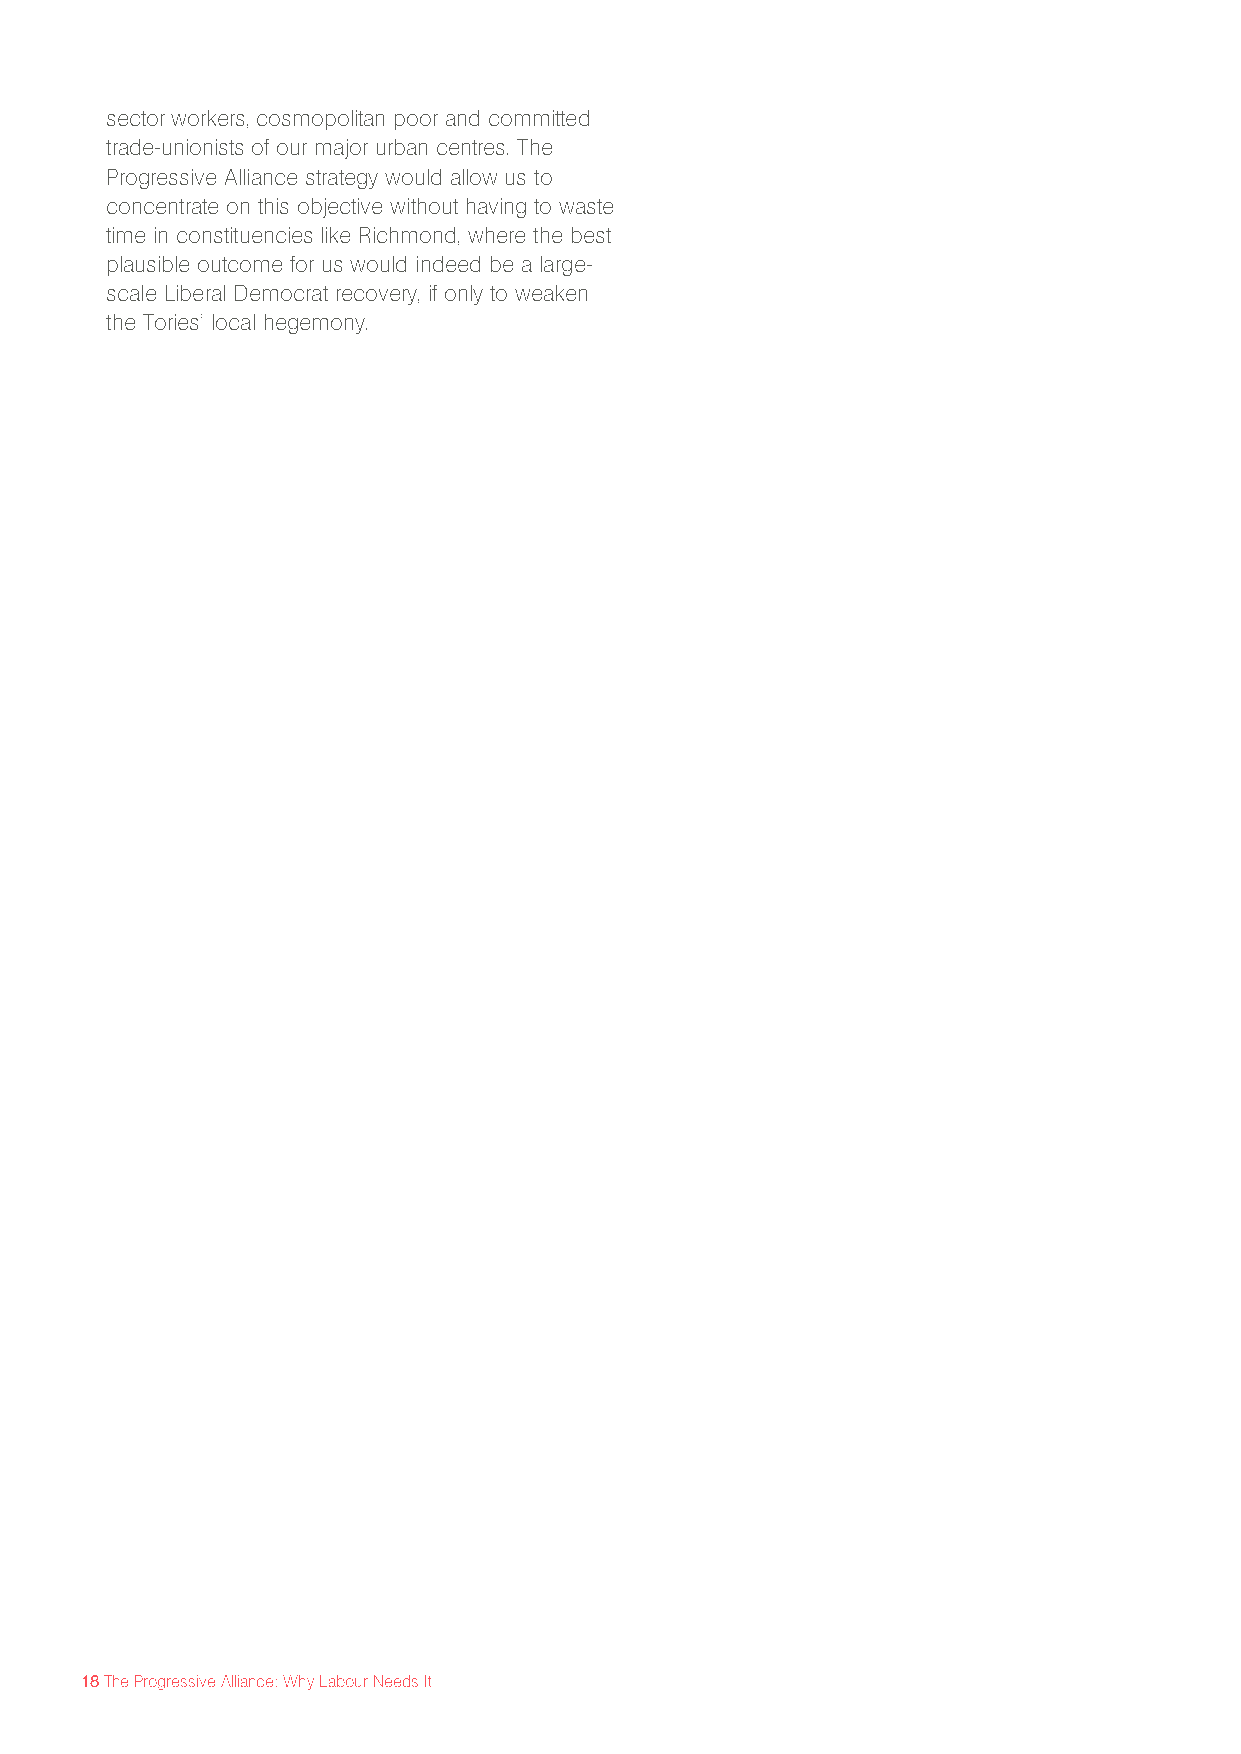
sector workers, cosmopolitan poor and committed
 trade-unionists of our major urban centres. The
 Progressive Alliance strategy would allow us to
 concentrate on this objective without having to waste
 time in constituencies like Richmond, where the best
 plausible outcome for us would indeed be a large-
 scale Liberal Democrat recovery, if only to weaken
 the Tories’ local hegemony.
 18 The Progressive Alliance: Why Labour Needs It